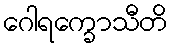
ဂေါရက္ခောသီတိ